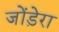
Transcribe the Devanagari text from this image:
जोंड़ेरा